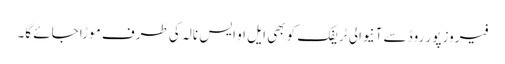
فیروز پور روڈ سے آنیوالی ٹریفک کو بھی ایل او ایس نالہ کی طرف موڑا جائے گا۔